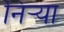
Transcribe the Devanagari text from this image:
निर्‍या